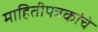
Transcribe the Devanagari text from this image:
माहितीपत्रकांचे